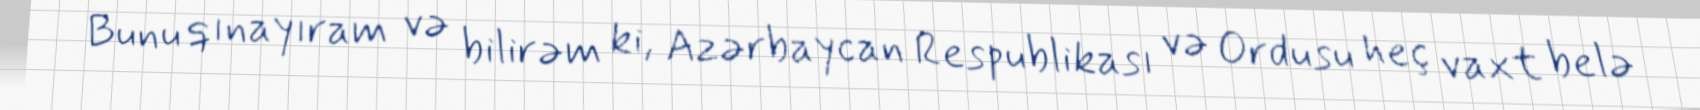
Bunu qınayıram və bilirəm ki, Azərbaycan Respublikası və Ordusu heç vaxt belə